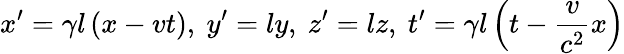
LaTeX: x^{\prime}=\gamma l\left(x-vt\right),\ y^{\prime}=ly,\ z^{\prime}=lz,\ t^{\prime}=\gamma l\left(t-{\frac{v}{c^{2}}}x\right)